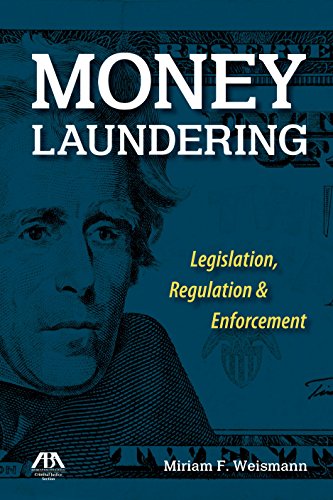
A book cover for Money Laundering: Legislation, Regulation & Enforcement; Miriam F. Weismann; Law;